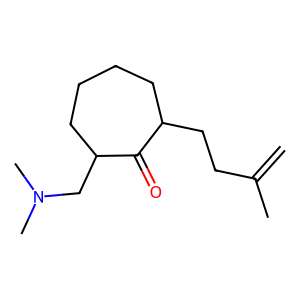
SMILES: C=C(C)CCC1CCCCC(CN(C)C)C1=O
Inhibits HIV replication: No